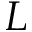
L